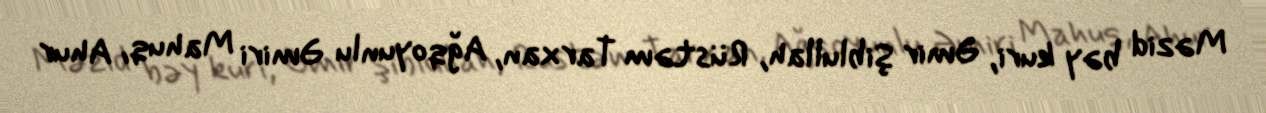
Məzid bəy kuri, Əmir Şiblullah, Rüstəm Tarxan, Ağqoyunlu Əmiri Mahuq, Ahur